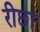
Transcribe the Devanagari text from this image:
रीछा